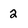
Character: 2